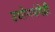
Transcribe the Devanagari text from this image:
उद्योगधंदेही